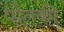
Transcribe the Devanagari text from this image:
पोतकी